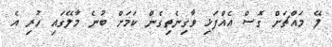
ލޭ މައްޗަށް ގޮސް އެއްފަޅި ވާގިނެތިގެން ކަމަށް ބުނެ މާލޭގައި ހުރި އެ